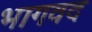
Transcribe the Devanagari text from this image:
भागवद